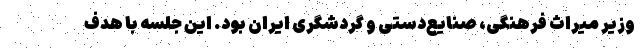
وزیر میراث فرهنگی، صنایع‌دستی و گردشگری ایران بود. این جلسه با هدف